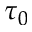
\tau _ { 0 }